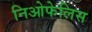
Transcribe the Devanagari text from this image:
निओफेलिस